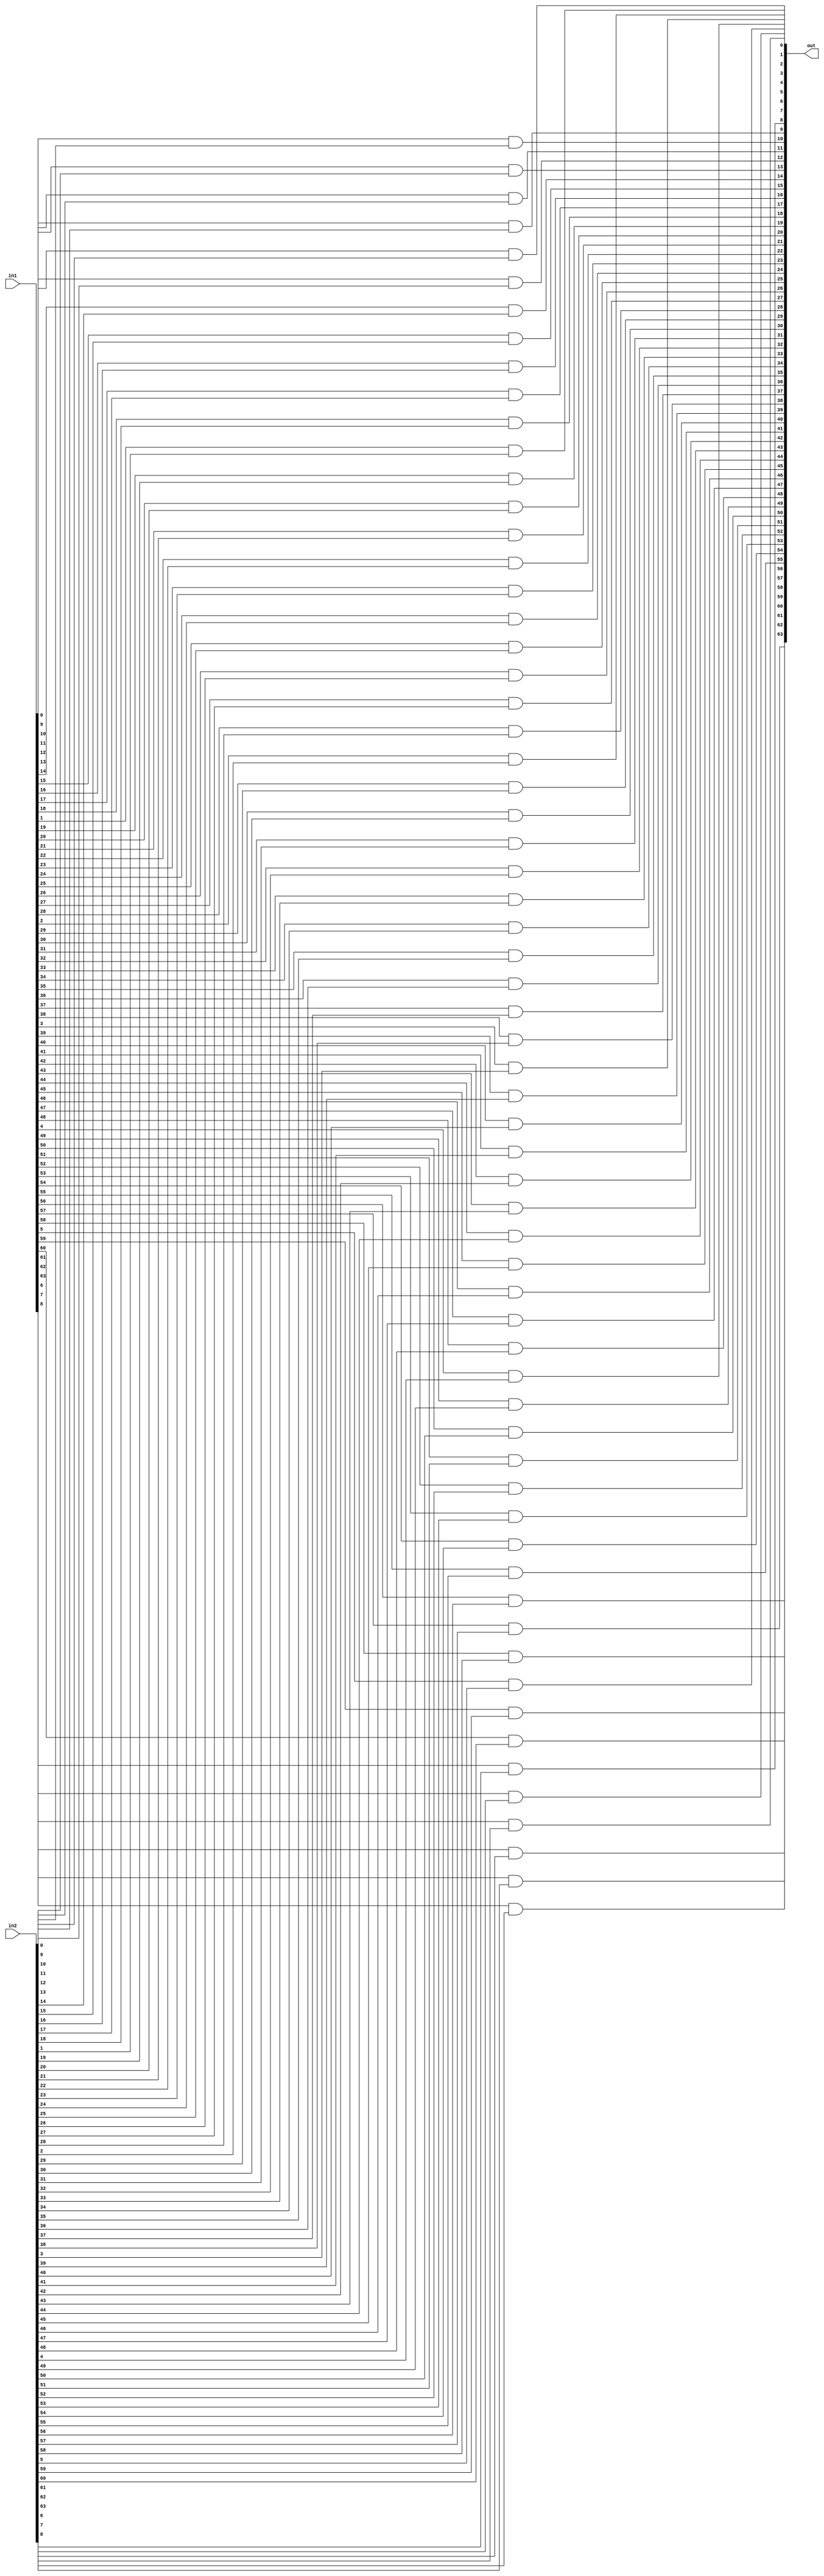
// `include "addsub.v"
// `include "and.v"
// `include "xor.v"

module and_ (in1, in2, out);

	input signed [63:0] in1, in2;
	output signed [63:0] out;

	genvar i;
	generate
		for (i = 0; i < 64; i = i + 1) begin
			and(out[i], in1[i], in2[i]);
		end
	endgenerate

endmodule

module xor_ (in1, in2, out);

	input signed [63:0] in1, in2;
	output signed [63:0] out;

	genvar i;
	generate
		for (i = 0; i < 64; i = i + 1) begin
			xor(out[i], in1[i], in2[i]);
		end
	endgenerate

endmodule

module FA(a, b, c, M, sum, carry);

input a, b, c;
input M;
output sum, carry;
wire B, x, y, z;

xor x1(B, b, M);

xor x2(x, a, B);
xor x3(sum, x, c);
and a1(y, a, B);
and a2(z, x, c);
or o1(carry, y, z);

endmodule


module addsub_(in1, in2, M, sum, overflow);

input signed [63:0]in1;
input signed[63:0]in2;
input M;

output signed [63:0]sum;
output overflow;

wire [64:0]C;

assign C[0] = M;

genvar i;

generate
    for(i = 0; i < 64; i=i+1)
    begin
        FA full_adder(in1[i], in2[i], C[i], M, sum[i], C[i+1]);
    end
endgenerate


xor x1(overflow, C[64], C[63]);

endmodule

module alu_(inp1, inp2, op, out, CC);
	input signed [63:0] inp1, inp2;
	input [1:0] op;
	output signed [63:0] out;
	output [2:0] CC;

	wire signed [63:0] out_add, out_sub, out_and, out_xor;
    reg signed [63:0] ans;
	reg overflow_;

	addsub_ add (inp1, inp2, 1'b0, out_add, overflow1);
	addsub_ sub (inp1, inp2, 1'b1, out_sub, overflow2);
	and_ a1 (inp1, inp2, out_and);
	xor_ x1 (inp1, inp2, out_xor);

    always@(*)
    begin
		if(op==2'b00) 
		begin
			ans = out_add;
			overflow_ = overflow1;
		end
		else if(op == 2'b01) 
		begin
			ans = out_sub;
			overflow_ = overflow2;
		end
        else if(op == 2'b10) 
		begin
            ans = out_and;
			overflow_ = 1'b0;
		end
        else if(op == 2'b11)
		begin
            ans = out_xor;
			overflow_ = 1'b0;
		end
    end
	
    assign out = ans;
	// Zero Flag
	assign CC[2] = (ans==64'b0);
	// Sign Flag
	assign CC[1] = (ans[63]==1);
	// Overflow Flag
	assign CC[0] = overflow_;

endmodule